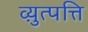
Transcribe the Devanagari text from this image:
व्य़ुत्पत्ति